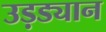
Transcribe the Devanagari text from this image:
उड़ड्यान